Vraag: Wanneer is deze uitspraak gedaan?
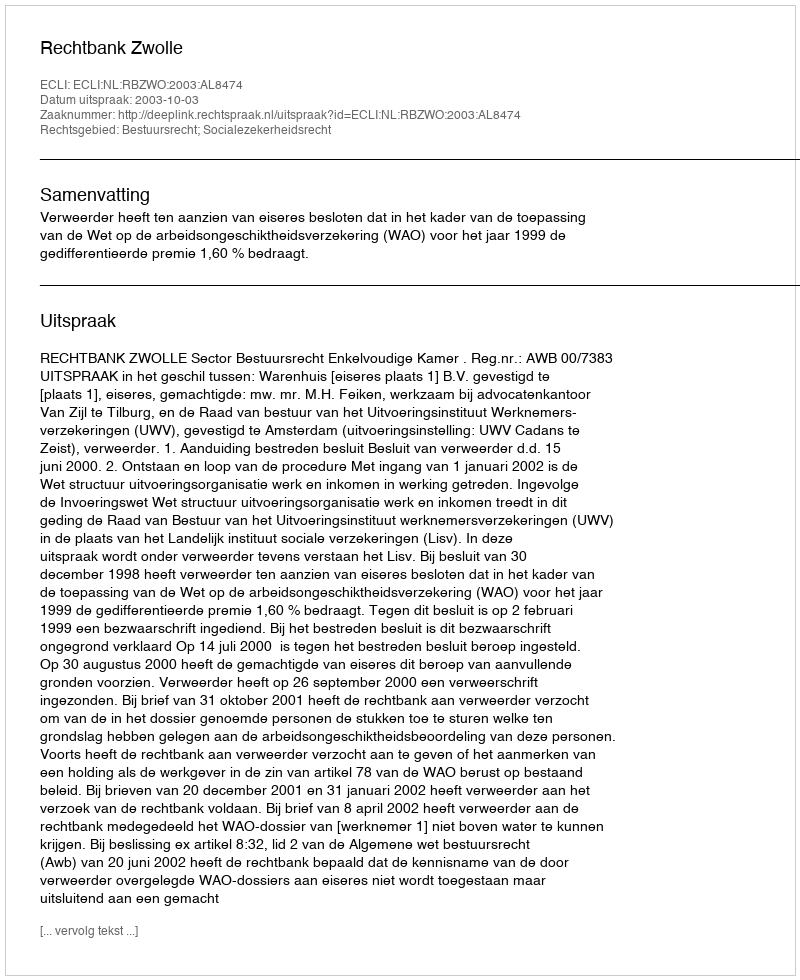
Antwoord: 2003-10-03